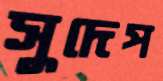
সুদেপ